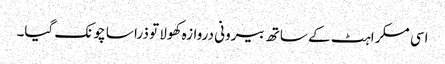
اسی مسکراہٹ کے ساتھ بیرونی دروازہ کھولا تو ذرا سا چونک گیا۔